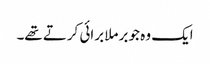
ایک وہ جو برملا برائی کرتے تھے۔